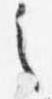
之